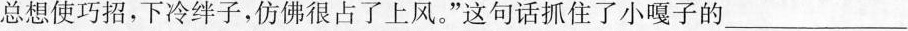
总想使巧招，下冷绊子，仿佛很占了上风。”这句话抓住了小嘎子的___